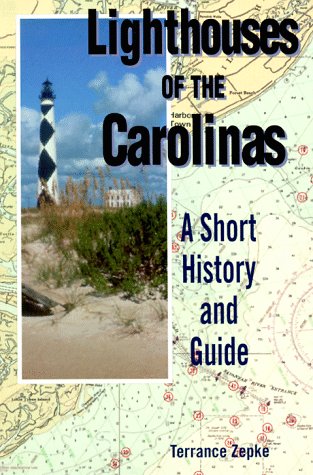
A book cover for Lighthouses of the Carolinas: A Short History and Guide; Terrance Zepke; Travel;